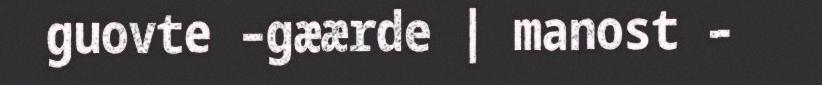
guovte –gæærde | manost –